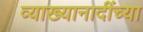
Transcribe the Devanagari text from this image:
व्याख्यानादींच्या